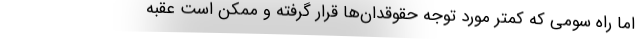
اما راه سومی که کمتر مورد توجه حقوقدان‌ها قرار گرفته و ممکن است عقبه